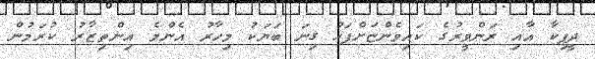
ދީޕިކާ އާއި ރަންވީރުގެ ކައިވެންޏަށްފަހު ގިނަ ބަޔަކު މިހާރު އެންމެ އިންތިޒާރު ކުރަމުން